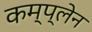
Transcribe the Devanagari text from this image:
कम्प्लेन